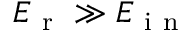
E _ { \mathrm { ~ r ~ } } \gg E _ { \mathrm { ~ i ~ n ~ } }